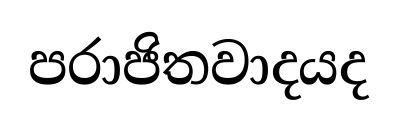
පරාජිතවාදයද